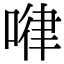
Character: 𠷈